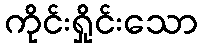
ကိုင်းရှိုင်းသော